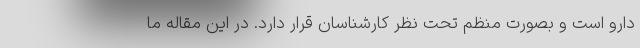
دارو است و بصورت منظم تحت نظر کارشناسان قرار دارد. در این مقاله ما